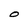
Character: O